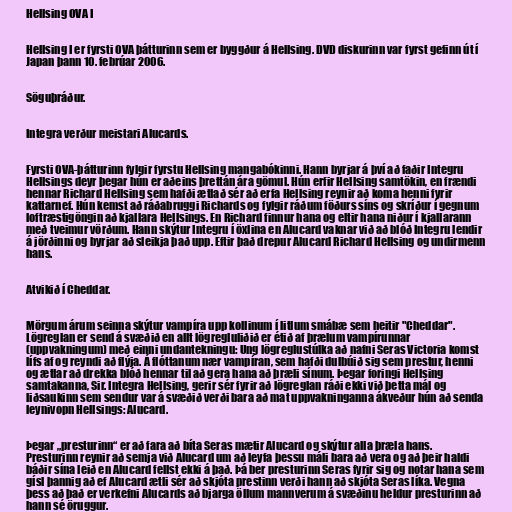
Hellsing OVA I

Hellsing I er fyrsti OVA þátturinn sem er byggður á Hellsing. DVD diskurinn var fyrst gefinn út í
Japan þann 10. febrúar 2006.

Söguþráður.

Integra verður meistari Alucards.

Fyrsti OVA-þátturinn fylgir fyrstu Hellsing mangabókinni. Hann byrjar á því að faðir Integru
Hellsings deyr þegar hún er aðeins þrettán ára gömul. Hún erfir Hellsing samtökin, en frændi
hennar Richard Hellsing sem hafði ætlað sér að erfa Hellsing reynir að koma henni fyrir
kattarnef. Hún kemst að ráðabruggi Richards og fylgir ráðum föðurs síns og skríður í gegnum
loftræstigöngin að kjallara Hellsings. En Richard finnur hana og eltir hana niður í kjallarann
með tveimur vörðum. Hann skýtur Integru í öxlina en Alucard vaknar við að blóð Integru lendir
á jörðinni og byrjar að sleikja það upp. Eftir það drepur Alucard Richard Hellsing og undirmenn
hans.

Atvikið í Cheddar.

Mörgum árum seinna skýtur vampíra upp kollinum í litlum smábæ sem heitir "Cheddar".
Lögreglan er send á svæðið en allt lögregluliðið er étið af þrælum vampírunnar
(uppvakningum) með einni undantekningu: Ung lögreglustúlka að nafni Seras Victoria komst
lífs af og reyndi að flýja. Á flóttanum nær vampíran, sem hafði dulbúið sig sem prestur, henni
og ætlar að drekka blóð hennar til að gera hana að þræli sínum. Þegar foringi Hellsing
samtakanna, Sir. Integra Hellsing, gerir sér fyrir að lögreglan ráði ekki við þetta mál og
liðsaukinn sem sendur var á svæðið verði bara að mat uppvakninganna ákveður hún að senda
leynivopn Hellsings: Alucard.

Þegar „presturinn“ er að fara að bíta Seras mætir Alucard og skýtur alla þræla hans.
Presturinn reynir að semja við Alucard um að leyfa þessu máli bara að vera og að þeir haldi
báðir sína leið en Alucard fellst ekki á það. Þá ber presturinn Seras fyrir sig og notar hana sem
gísl þannig að ef Alucard ætli sér að skjóta prestinn verði hann að skjóta Seras líka. Vegna
þess að það er verkefni Alucards að bjarga öllum mannverum á svæðinu heldur presturinn að
hann sé öruggur.